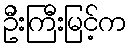
ဦးကြီးမြင့်က